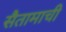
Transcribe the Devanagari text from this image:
सैतामाची